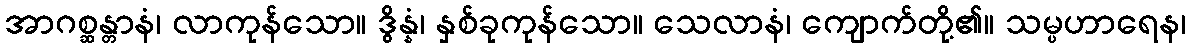
အာဂစ္ဆန္တာနံ၊ လာကုန်သော။ ဒွိန္နံ၊ နှစ်ခုကုန်သော။ သေလာနံ၊ ကျောက်တို့၏။ သမ္ပဟာရေန၊